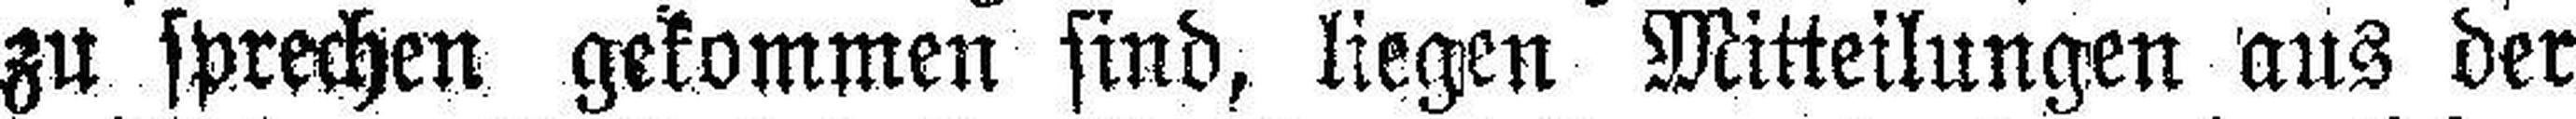
zu sprechen gekommen sind, liegen Mitteilungen aus der